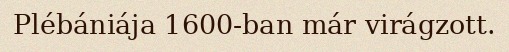
Plébániája 1600-ban már virágzott.